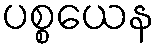
ပစ္စယေန